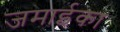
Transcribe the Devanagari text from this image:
जमाईका